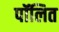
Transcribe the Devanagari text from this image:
पॉलित